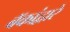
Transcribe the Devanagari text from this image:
बॅकांद्वारे